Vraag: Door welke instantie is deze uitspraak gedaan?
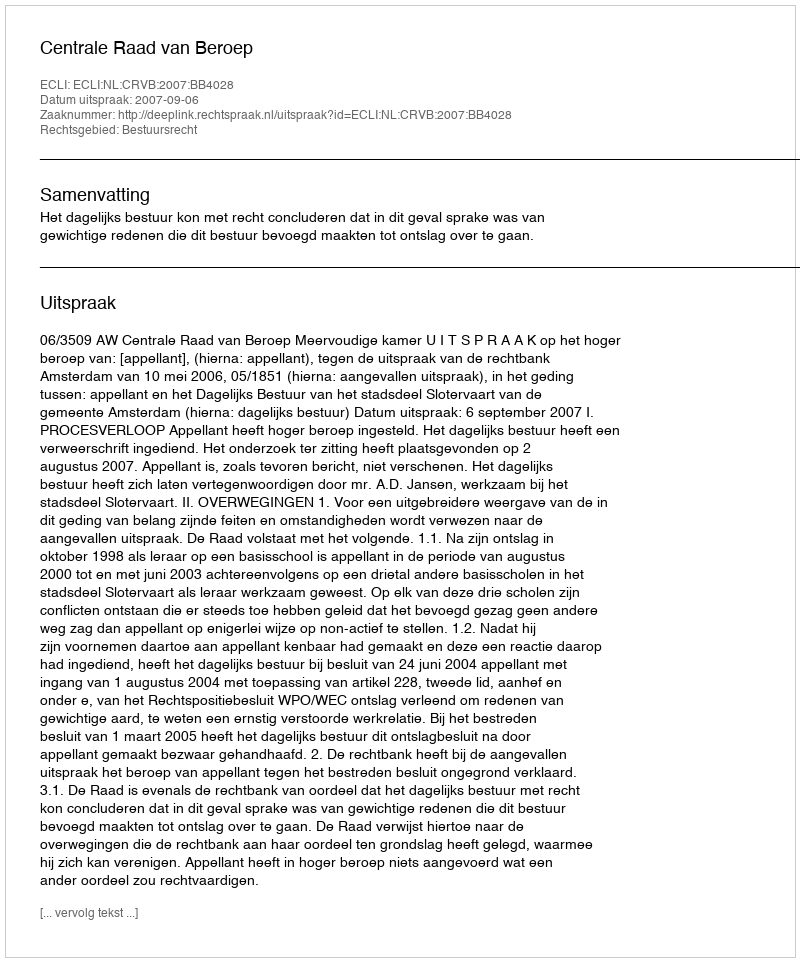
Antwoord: Centrale Raad van Beroep